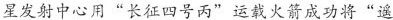
星发射中心用”长征四号丙”运载火箭成功将”遥